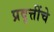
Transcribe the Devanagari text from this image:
प्रवृत्तींचे